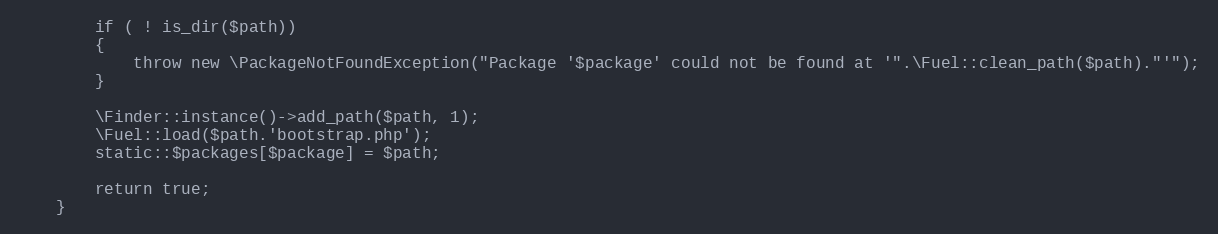
Language: PHP
		if ( ! is_dir($path))
		{
			throw new \PackageNotFoundException("Package '$package' could not be found at '".\Fuel::clean_path($path)."'");
		}

		\Finder::instance()->add_path($path, 1);
		\Fuel::load($path.'bootstrap.php');
		static::$packages[$package] = $path;

		return true;
	}